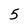
Character: 5